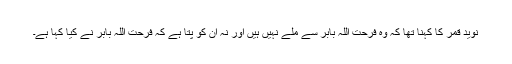
نوید قمر کا کہنا تھا کہ وہ فرحت اللہ بابر سے ملے نہیں ہیں اور نہ ان کو پتا ہے کہ فرحت اللہ بابر نے کیا کہا ہے۔